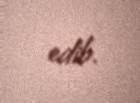
edib.